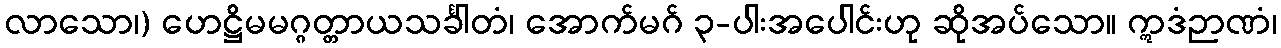
လာသော၊) ဟေဋ္ဌိမမဂ္ဂတ္တာယသင်္ခါတံ၊ အောက်မဂ် ၃-ပါးအပေါင်းဟု ဆိုအပ်သော။ ဣဒံဉာဏံ၊